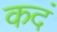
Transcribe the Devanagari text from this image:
कदं